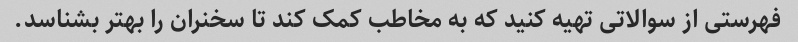
فهرستی از سوالاتی تهیه کنید که به مخاطب کمک کند تا سخنران را بهتر بشناسد.